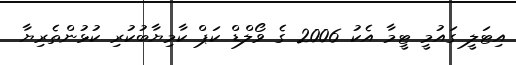
އިޓަލީ ގައުމީ ޓީމާ އެކު 2006 ގެ ވޯލްޑް ކަޕް ކާމިޔާބުކުރި ކުޅުންތެރިޔާ